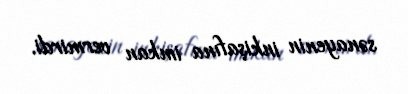
sənayenin inkişafına imkan vermirdi.